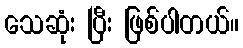
သေဆုံး ပြီး ဖြစ်ပါတယ်။